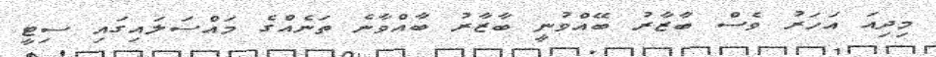
މިދިއަ އަހަރު ވެސް ބާޒާރު ބޭއްވުނީ ބާޒާރު ބާއްވާނެ ތަނެއްގެ މައްސަލައިގައި ސިޓީ